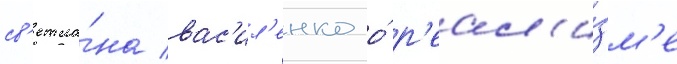
св'етла́на вас'ил'енко о́ р'еал'и́зм'е